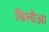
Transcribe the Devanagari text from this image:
बिलौआ